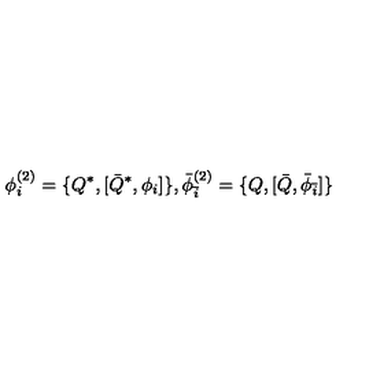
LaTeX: \phi _ { i } ^ { ( 2 ) } = \{ Q ^ { * } , [ { \bar { Q } } ^ { * } , \phi _ { i } ] \} , { \bar { \phi } } _ { \bar { i } } ^ { ( 2 ) } = \{ Q , [ { \bar { Q } } , { \bar { \phi } } _ { \bar { i } } ] \}